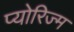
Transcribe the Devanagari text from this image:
प्योरिज्म